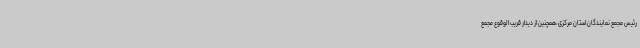
رئیس مجمع نمایندگان استان مرکزی،همچنین از دیدار قریب الوقوع مجمع